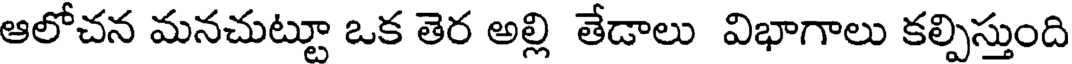
ఆలోచన మనచుట్టూ ఒక తెర అల్లి తేడాలు విభాగాలు కల్పిస్తుంది